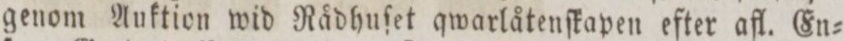
genom Auktion wid Rådhuſet qwarlåtenſkapen efter afl. En=